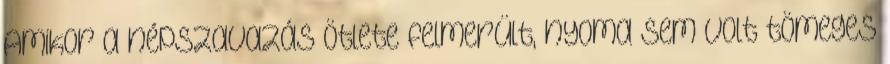
Amikor a népszavazás ötlete felmerült, nyoma sem volt tömeges